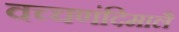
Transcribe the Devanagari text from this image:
वच्चणंदिमालै